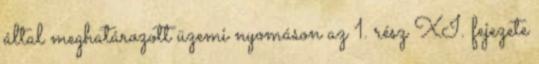
által meghatározott üzemi nyomáson az 1. rész XI. fejezete